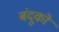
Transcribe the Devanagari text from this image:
बंदूको